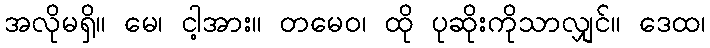
အလိုမရှိ။ မေ၊ ငါ့အား။ တမေဝ၊ ထို ပုဆိုးကိုသာလျှင်။ ဒေထ၊